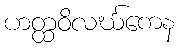
ဟတ္ထဝိလင်္ဃကေန